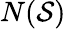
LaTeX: N({\mathcal{S}})